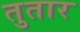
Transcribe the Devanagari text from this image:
तुतार